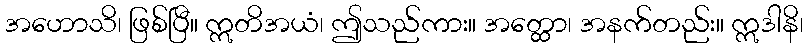
အဟောသိ၊ ဖြစ်ပြီ။ ဣတိအယံ၊ ဤသည်ကား။ အတ္ထော၊ အနက်တည်း။ ဣဒါနိ၊